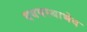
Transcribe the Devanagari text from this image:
वयवस्थाभेद